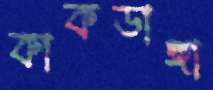
কাকডাঙ্গা